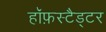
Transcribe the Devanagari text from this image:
हॉफ़स्टैड्टर